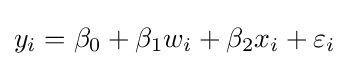
y_{i}=\beta _{0}+\beta _{1}w_{i}+\beta _{2}x_{i}+\varepsilon _{i}